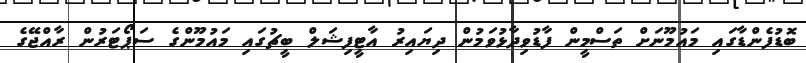
ބޮޑުފެންޑާގައި މައުމޫނަށް ތަސްމީން ފާޑުވިދާޅުވަމުން ދިޔައިރު އާޓީފިޝަލް ބީޗުގައި މައުމޫންގެ ސަޕޯޓަރުން ރާއްޖޭގެ